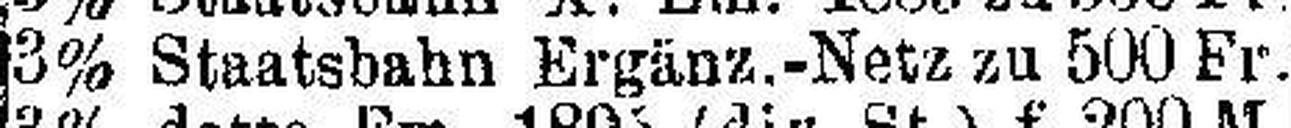
3% Staatsbahn Ergänz.-Netz zu 500 Fr.